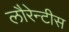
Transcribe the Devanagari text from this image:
लौरेन्टीस